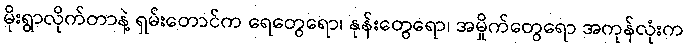
မိုးရွာလိုက်တာနဲ့ ရှမ်းတောင်က ရေတွေရော၊ နုန်းတွေရော၊ အမှိုက်တွေရော အကုန်လုံးက